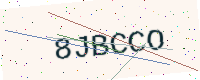
Text: 8JBCCO